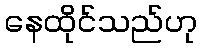
နေထိုင်သည်ဟု